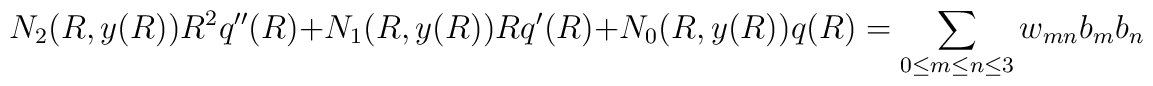
N_2(R,y(R)) R^2q''(R) + N_1 (R,y(R)) Rq'(R) + N_0 (R,y(R)) q(R)   =\sum_{0 \leq m\leq n \leq 3} w_{mn} b_m b_n